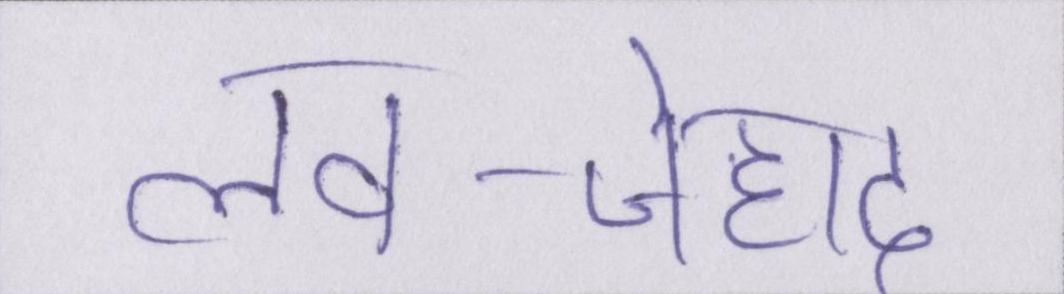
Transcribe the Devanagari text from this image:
लव-जेहाद